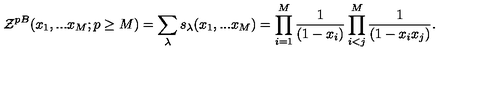
{ \cal Z } ^ { p B } ( x _ { 1 } , . . . x _ { M } ; p \geq M ) = \sum _ { \lambda } s _ { \lambda } ( x _ { 1 } , . . . x _ { M } ) = \prod _ { i = 1 } ^ { M } \frac { 1 } { ( 1 - x _ { i } ) } \prod _ { i < j } ^ { M } \frac { 1 } { ( 1 - x _ { i } x _ { j } ) } .